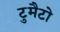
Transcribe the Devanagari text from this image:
टुमैटो